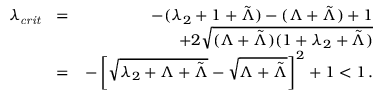
\begin{array} { r l r } { \lambda _ { \mathit { c r i t } } } & { = } & { - ( \lambda _ { 2 } + 1 + \tilde { \Lambda } ) - ( \Lambda + \tilde { \Lambda } ) + 1 } \\ & { } & { + 2 \sqrt { ( \Lambda + \tilde { \Lambda } ) ( 1 + \lambda _ { 2 } + \tilde { \Lambda } ) } } \\ & { = } & { - \left[ \sqrt { \lambda _ { 2 } + \Lambda + \tilde { \Lambda } } - \sqrt { \Lambda + \tilde { \Lambda } } \right] ^ { 2 } + 1 < 1 \, . } \end{array}